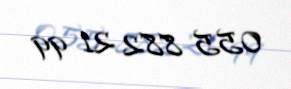
055 882 21 99